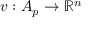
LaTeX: v : A _ { p } \to \mathbb { R } ^ { n }